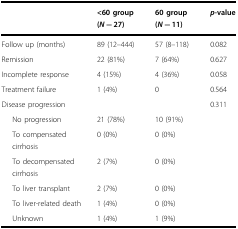
|  | <60 group (N = 27) | 60 group (N = 11) | p-value |
 | --- | --- | --- | --- |
 | Follow up (months) | 89 (12–444) | 57 (8–118) | 0.082 |
 | Remission | 22 (81%) | 7 (64%) | 0.627 |
 | Incomplete response | 4 (15%) | 4 (36%) | 0.058 |
 | Treatment failure | 1 (4%) | 0 | 0.564 |
 | Disease progression |  |  | 0.311 |
 | No progression | 21 (78%) | 10 (91%) |  |
 | To compensated cirrhosis | 0 (0%) | 0 (0%) |  |
 | To decompensated cirrhosis | 2 (7%) | 0 (0%) |  |
 | To liver transplant | 2 (7%) | 0 (0%) |  |
 | To liver-related death | 1 (4%) | 0 (0%) |  |
 | Unknown | 1 (4%) | 1 (9%) |  |